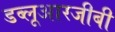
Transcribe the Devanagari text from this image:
डब्लूआरजीबी